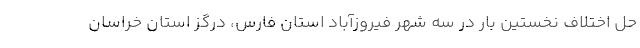
حل اختلاف نخستین بار در سه شهر فیروزآباد استان فارس، درگز استان خراسان